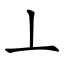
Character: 丄